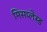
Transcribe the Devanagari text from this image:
मिसप्लेस्ड